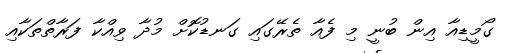
ގޯމީޑިއާ އިން ބުނީ މި ފެއާ ތެރޭގައި ގަނޑުކޮށް މުދާ ވިއްކާ ފަރާތްތަކާއި